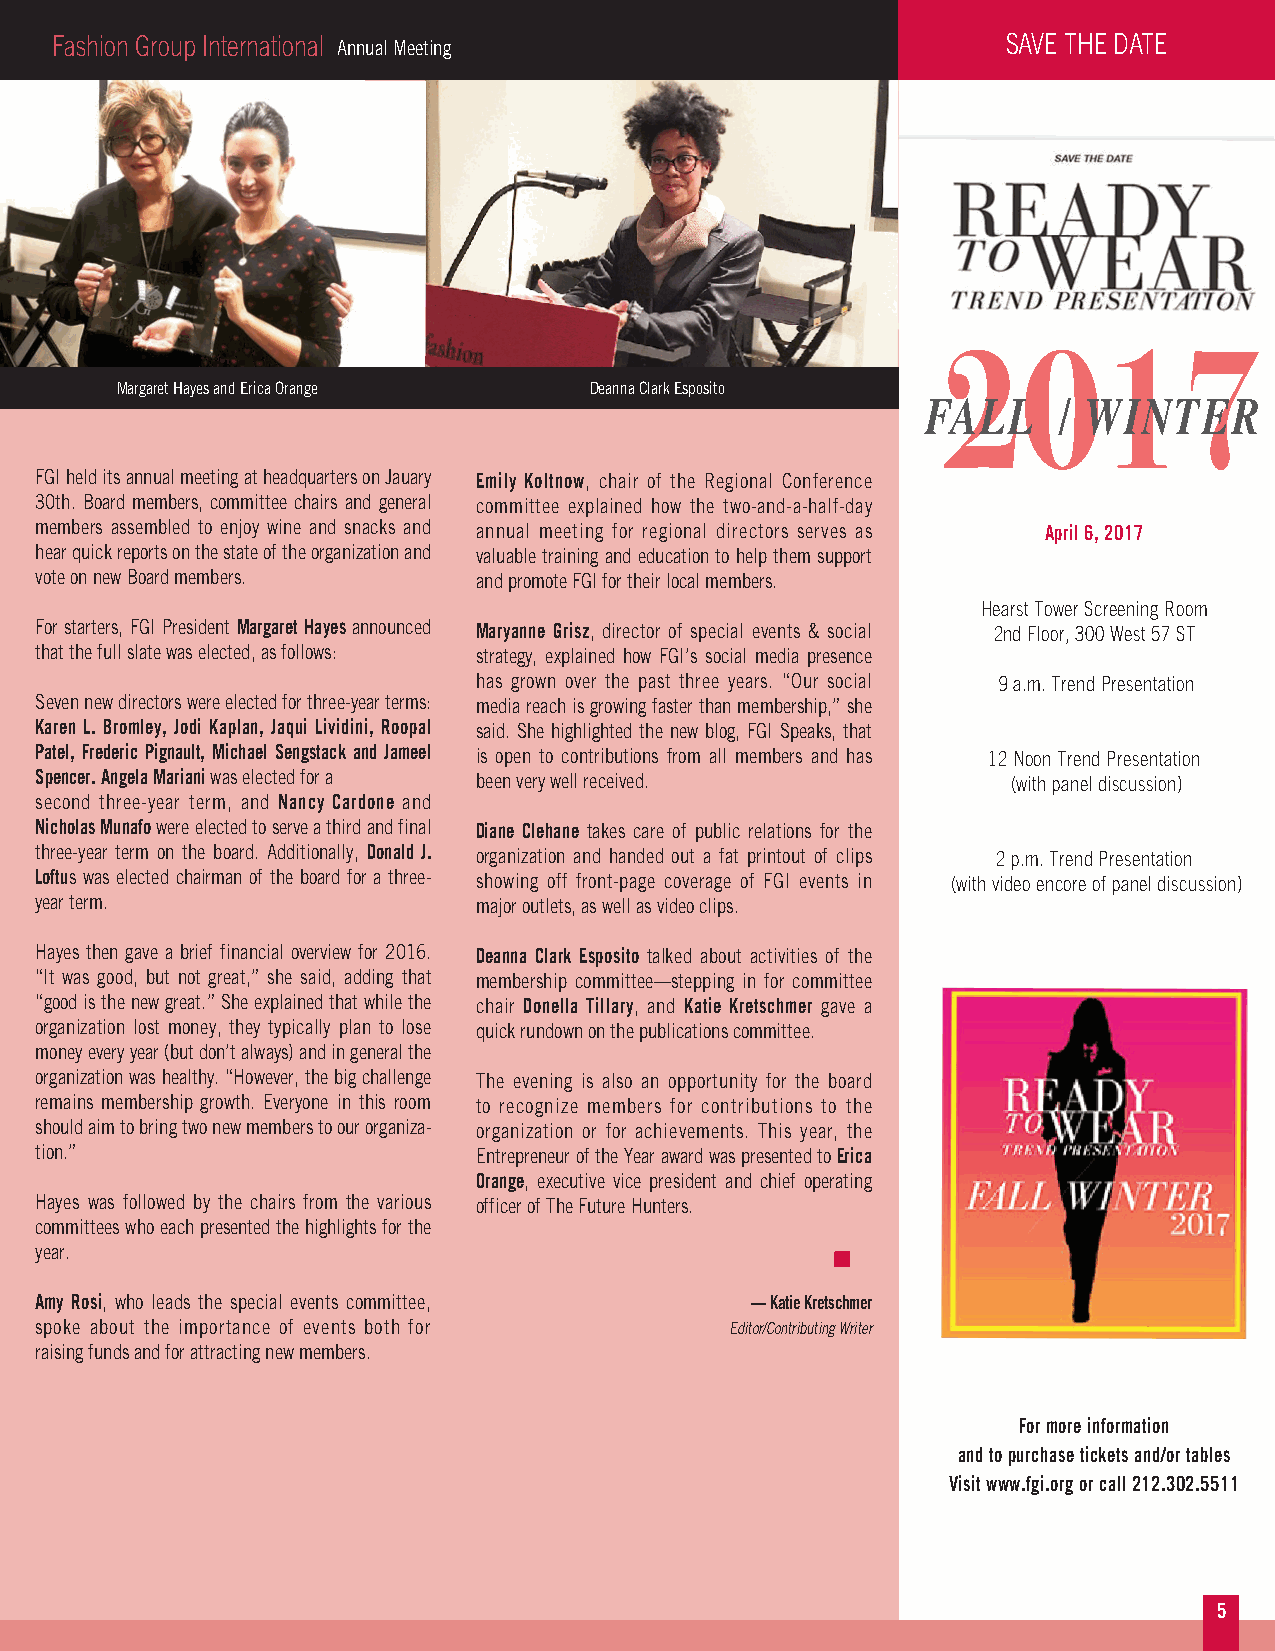
Fashion Group International Annual Meeting                      SAVE THE DATE
 2017
 Margaret Hayes and Erica Orange Deanna Clark Esposito
 FALL     / WINTER
 FGI held its annual meeting at headquarters on Jauary Emily Koltnow, chair of the Regional Conference
 30th. Board members, committee chairs and general committee explained how the two-and-a-half-day
 members assembled to enjoy wine and snacks and annual meeting for regional directors serves as April 6, 2017
 hear quick reports on the state of the organization and valuable training and education to help them support
 vote on new Board members.    and promote FGI for their local members.
 Hearst Tower Screening Room
 For starters, FGI President Margaret Hayes announced Maryanne Grisz, director of special events & social 2nd Floor, 300 West 57 ST
 that the full slate was elected, as follows: strategy, explained how FGI’s social media presence
 has grown over the past three years. “Our social 9 a.m. Trend Presentation
 Seven new directors were elected for three-year terms: media reach is growing faster than membership,” she
 Karen L. Bromley, Jodi Kaplan, Jaqui Lividini, Roopal said. She highlighted the new blog, FGI Speaks, that
 Patel, Frederic Pignault, Michael Sengstack and Jameel is open to contributions from all members and has 12 Noon Trend Presentation
 Spencer. Angela Mariani was elected for a been very well received. (with panel discussion)
 second three-year term, and Nancy Cardone and
 Nicholas Munafowere elected to serve a third and final Diane Clehane takes care of public relations for the
 three-year term on the board. Additionally, Donald J. organization and handed out a fat printout of clips 2 p.m. Trend Presentation
 Loftus was elected chairman of the board for a three- showing off front-page coverage of FGI events in (with video encore of panel discussion)
 year term.                    major outlets, as well as video clips.
 Hayes then gave a brief financial overview for 2016. Deanna Clark Esposito talked about activities of the
 “It was good, but not great,” she said, adding that membership committee—stepping in for committee
 “good is the new great.” She explained that while the chair Donella Tillary, and Katie Kretschmer gave a
 organization lost money, they typically plan to lose quick rundown on the publications committee.
 money every year (but don’t always) and in general the
 organization was healthy. “However, the big challenge The evening is also an opportunity for the board
 remains membership growth. Everyone in this room to recognize members for contributions to the
 should aim to bring two new members to our organiza- organization or for achievements. This year, the
 tion.”                        Entrepreneur of the Year award was presented to Erica
 Orange, executive vice president and chief operating
 Hayes was followed by the chairs from the various officer of The Future Hunters.
 committees who each presented the highlights for the
 year.
 Amy Rosi, who leads the special events committee, –– Katie Kretschmer
 spoke about the importance of events both for Editor/Contributing Writer
 raising funds and for attracting new members.
 For more information
 and to purchase tickets and/or tables
 Visit www.fgi.org or call 212.302.5511
 5